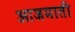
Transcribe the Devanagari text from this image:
आजमाती